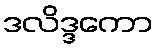
ဒလိဒ္ဒကော